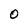
Character: 0